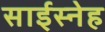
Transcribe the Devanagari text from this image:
साईस्नेह